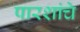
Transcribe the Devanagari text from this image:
पारशांचे